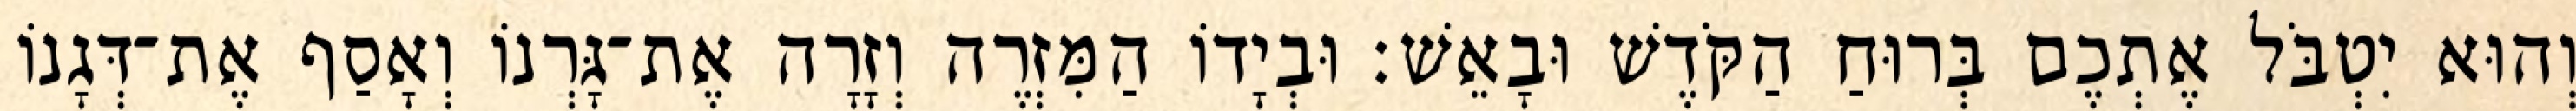
וְהוּא יִטְבֹּל אֶתְכֶם בְּרוּחַ הַקֹּדֶשׁ וּבָאֵשׁ׃ וּבְיָדוֹ הַמִּזְרֶה וְזָרָה אֶת־גָּרְנוֹ וְאָסַף אֶת־דְּגָנוֹ